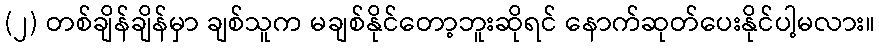
(၂) တစ်ချိန်ချိန်မှာ ချစ်သူက မချစ်နိုင်တော့ဘူးဆိုရင် နောက်ဆုတ်ပေးနိုင်ပါ့မလား။